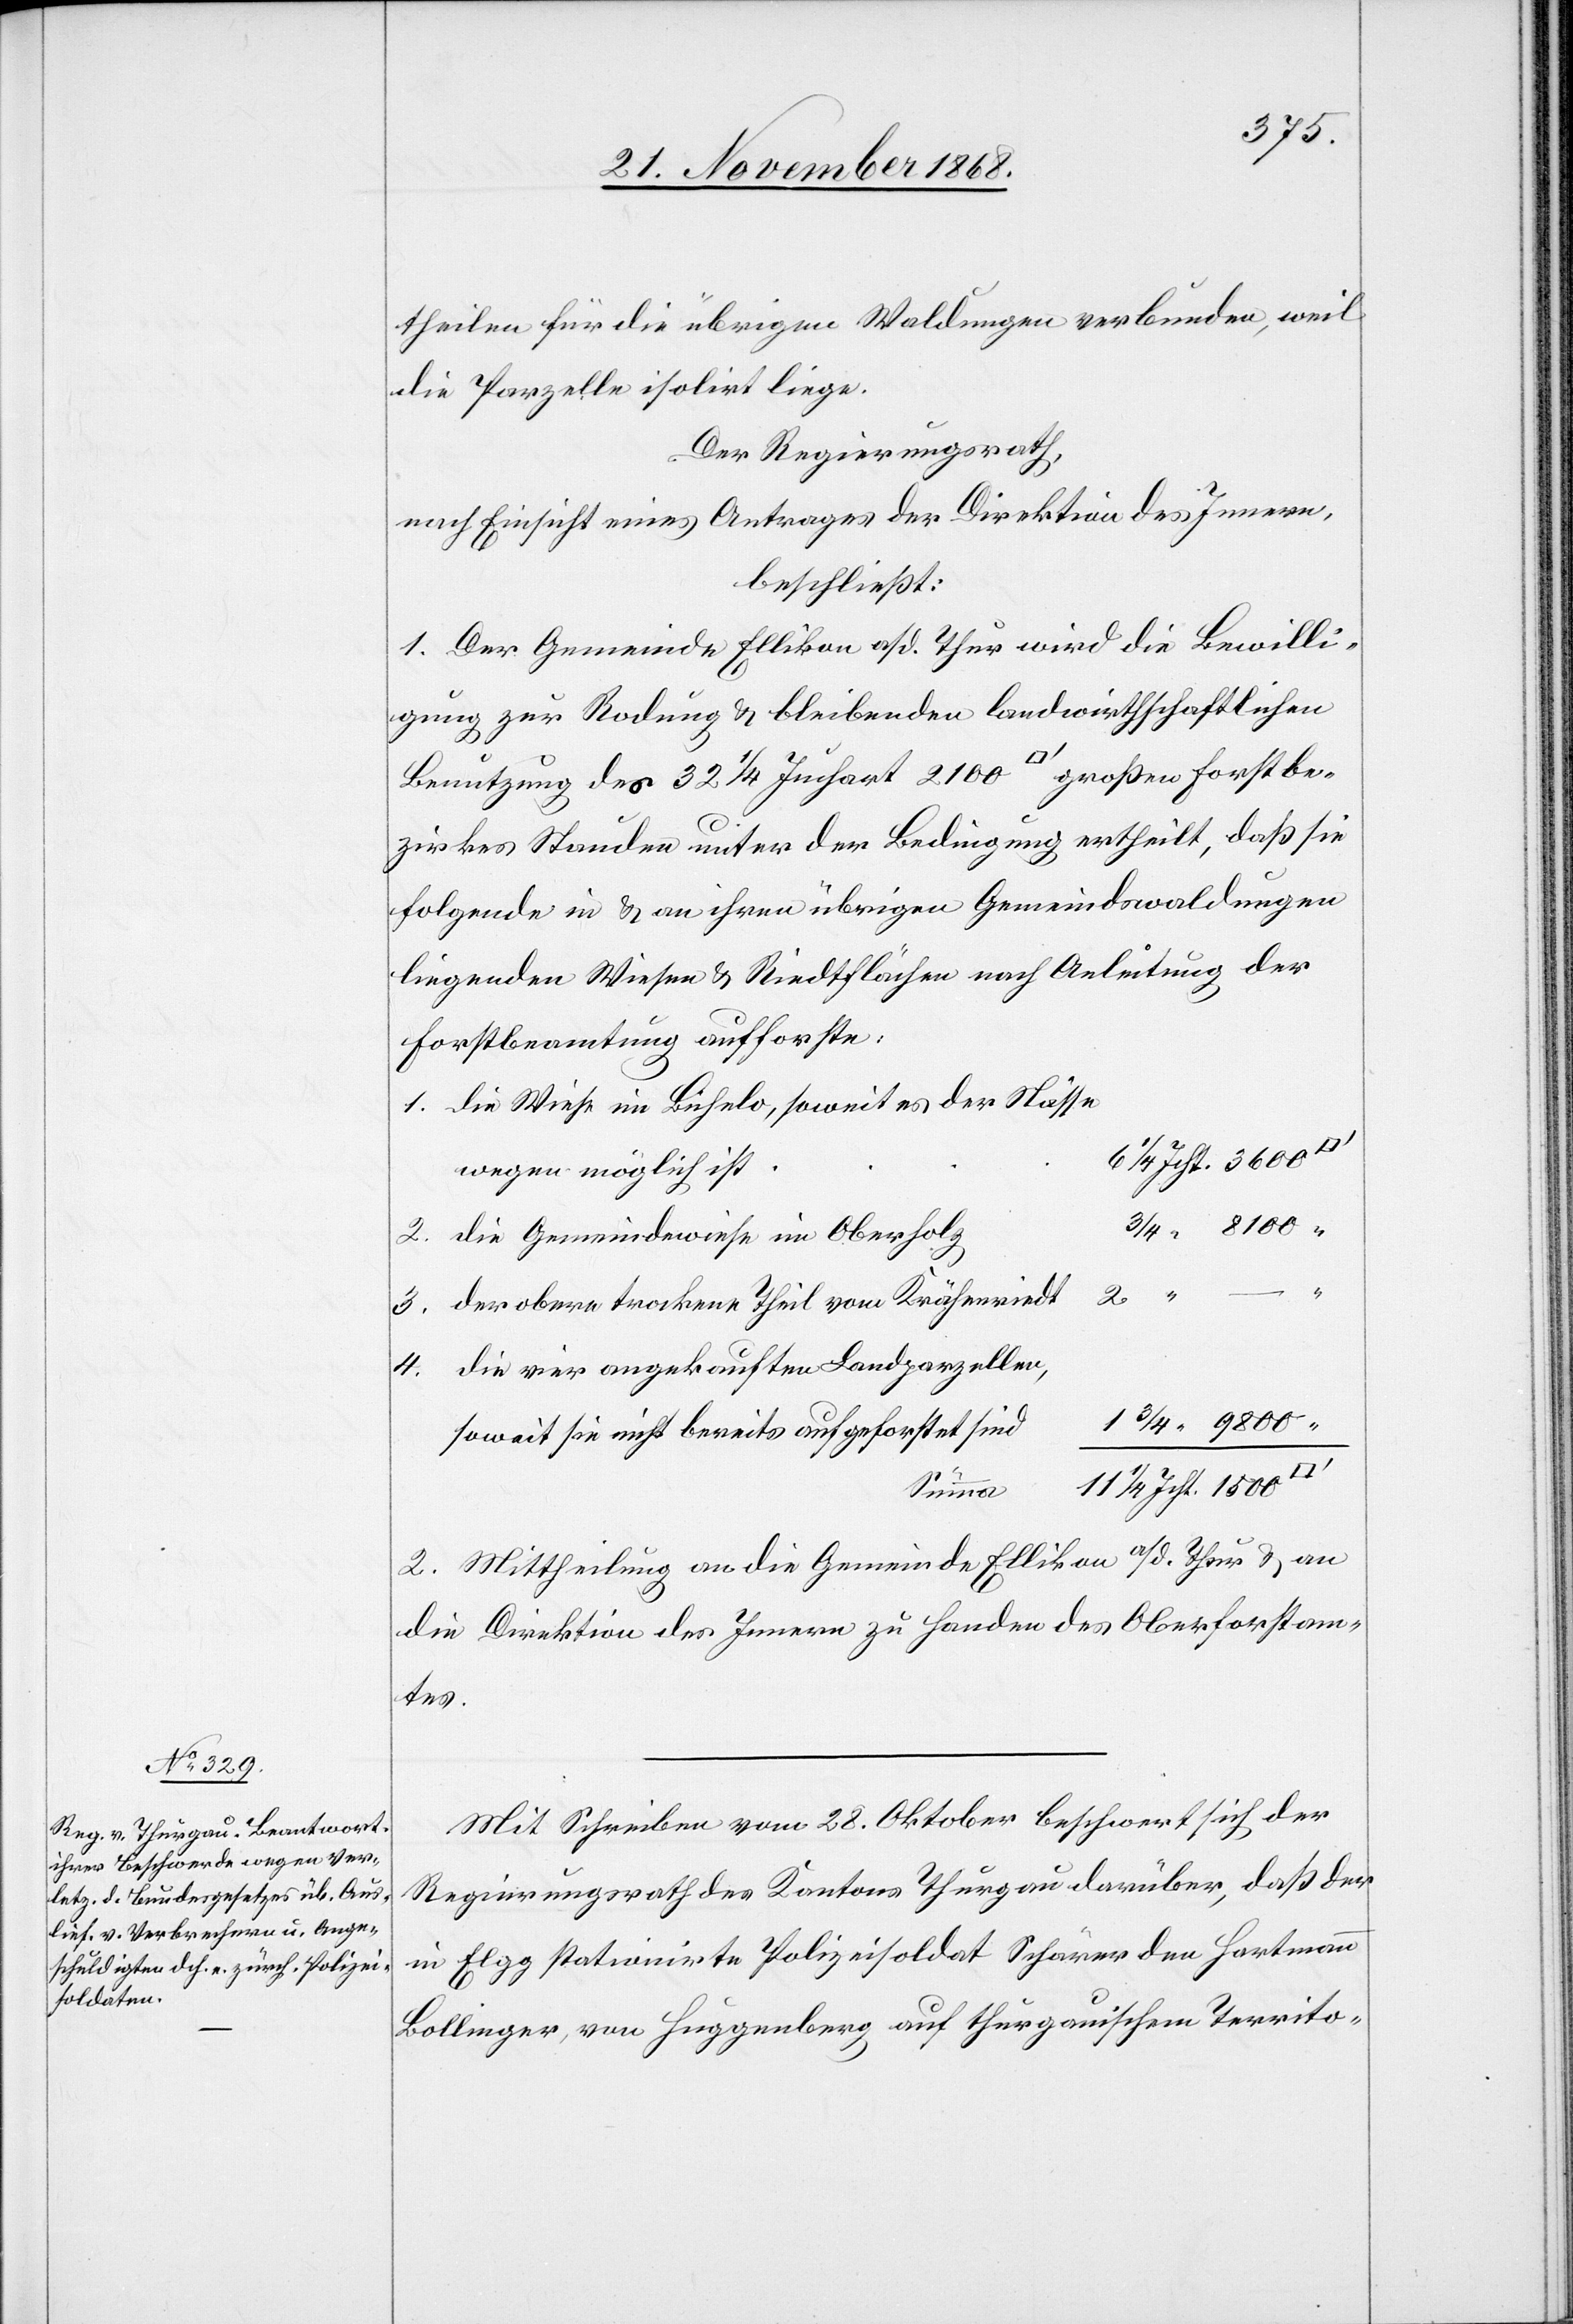
theilen für die übrigen Waldungen verbunden, weil
die Parzelle isolirt liege.
Der Regierungsrath,
nach Einsicht eines Antrages der Direktion des Innern,
beschließt:
1. Der Gemeinde Ellikon a/d. Thur wird die Bewilli¬
gung zur Rodung & bleibenden landwirthschaftlichen
Benutzung des 32 1/4 Juchart 2100 [Quadratfuß] großen Forstbe¬
zirkes Stauden unter der Bedingung ertheilt, daß sie
folgende in & an ihren übrigen Gemeindswaldungen
liegenden Wiesen & Riedtflächen nach Anleitung der
Forstbeamtung aufforste:
die Wiese im Bichelo, soweit es der Nässe
1/4 Jcht. 3600
wegen möglich ist
“ 8100
die Gemeindewiese im Oberholz
der obere trockene Theil vom Krähenriedt
die vier angekauften Landparzellen,
4.
1 3/4 “ 9800 “
soweit sie nicht bereits aufgeforstet sind
11 1/4 Jcht. 1500
Summa
2. Mittheilung an die Gemeinde Ellikon a/d. Thur & an
die Direktion des Innern zu Handen des Oberforstam¬
tes.
Mit Schreiben vom 28. Oktober beschwert sich der
Regierungsrath des Kantons Thurgau darüber, daß der
in Elgg stationirte Polizeisoldat Schärer den Hartmann
Bollinger, von Huggenberg auf thurgauischem Territo-